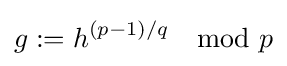
g:=h^{(p-1)/q}\mod p